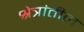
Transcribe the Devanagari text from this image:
श्रेत्रांतील